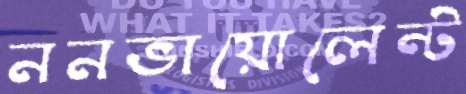
ননভায়োলেন্ট